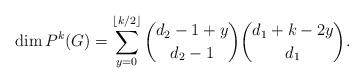
LaTeX: \begin{align*}\dim P^k(G) = \sum_{y=0}^{\lfloor k/2 \rfloor} { d_2-1+y \choose d_2-1 } { d_1 + k-2y \choose d_1 }. \end{align*}